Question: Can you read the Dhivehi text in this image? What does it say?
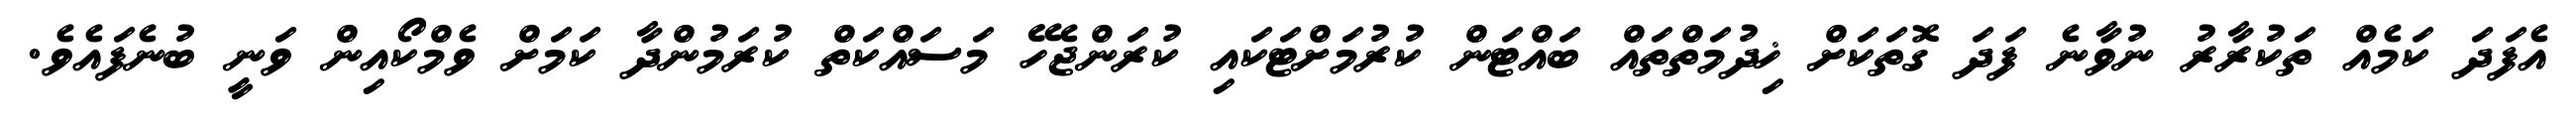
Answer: އެފަދަ ކަމެއް ތަކުރާރު ނުވާނެ ފަދަ ގޮތަކަށް ޚިދުމަތްތައް ބައްޓަން ކުރުމަށްޓަކައި ކުރަންޖެހޭ މަސައްކަތް ކުރަމުންދާ ކަމަށް ވެމްކޯއިން ވަނީ ބުނެފައެވެ.